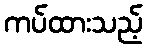
ကပ်ထားသည့်